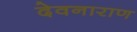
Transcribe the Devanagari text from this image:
देवनाराण